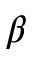
\beta